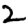
Digit: 2